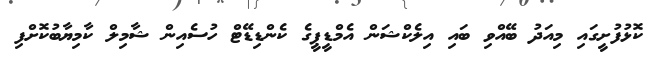
ކޮޅުފުށީގައި މިއަދު ބޭއްވި ބައި އިލެކްޝަން އެމްޑީޕީގެ ކެންޑިޑޭޓް ހުސެއިން ޝާމިލް ކާމިޔާބުކޮށްފި